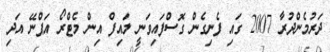
ދަރުމެންދުރާ 2007 ގައި ފެނިގެން ގޮސްފައިވަނީ ލައިފް އިން މެޓްރޯ އަޕްނޭ އަދި